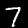
Label: 7